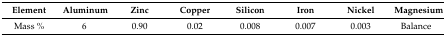
<table><thead><tr><td><b>Element</b></td><td><b>Aluminum</b></td><td><b>Zinc</b></td><td><b>Copper</b></td><td><b>Silicon</b></td><td><b>Iron</b></td><td><b>Nickel</b></td><td><b>Magnesium</b></td></tr></thead><tbody><tr><td>Mass %</td><td>6</td><td>0.90</td><td>0.02</td><td>0.008</td><td>0.007</td><td>0.003</td><td>Balance</td></tr></tbody></table>